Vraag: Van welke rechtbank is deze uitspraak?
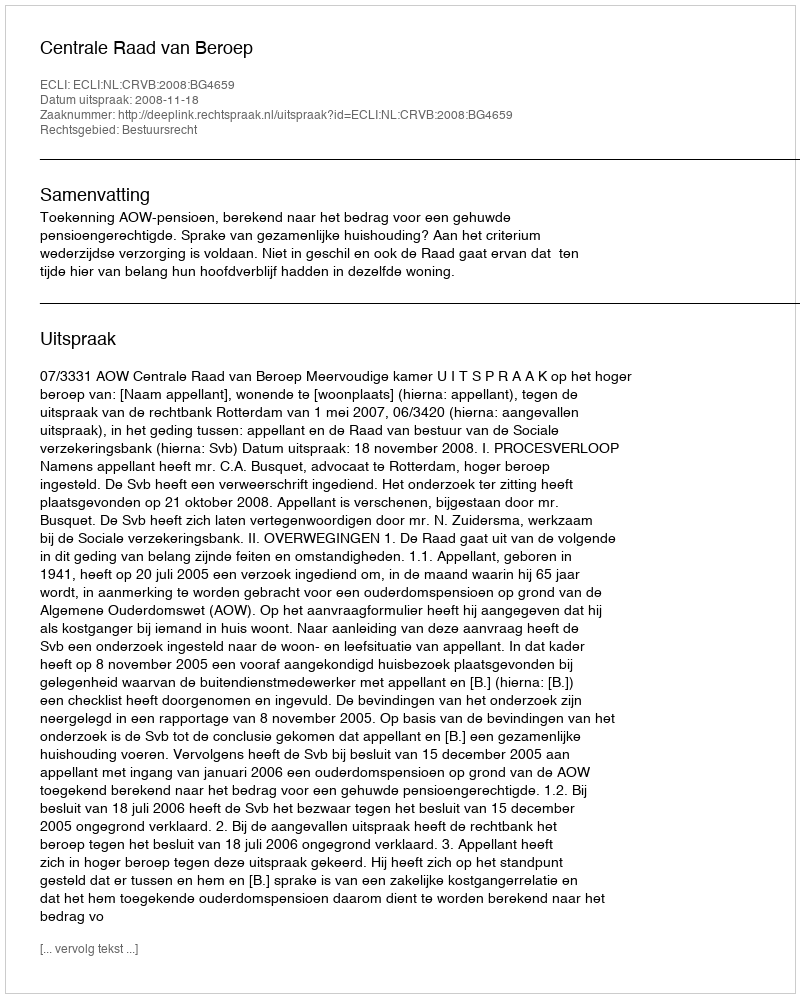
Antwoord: Centrale Raad van Beroep